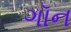
ગૉન